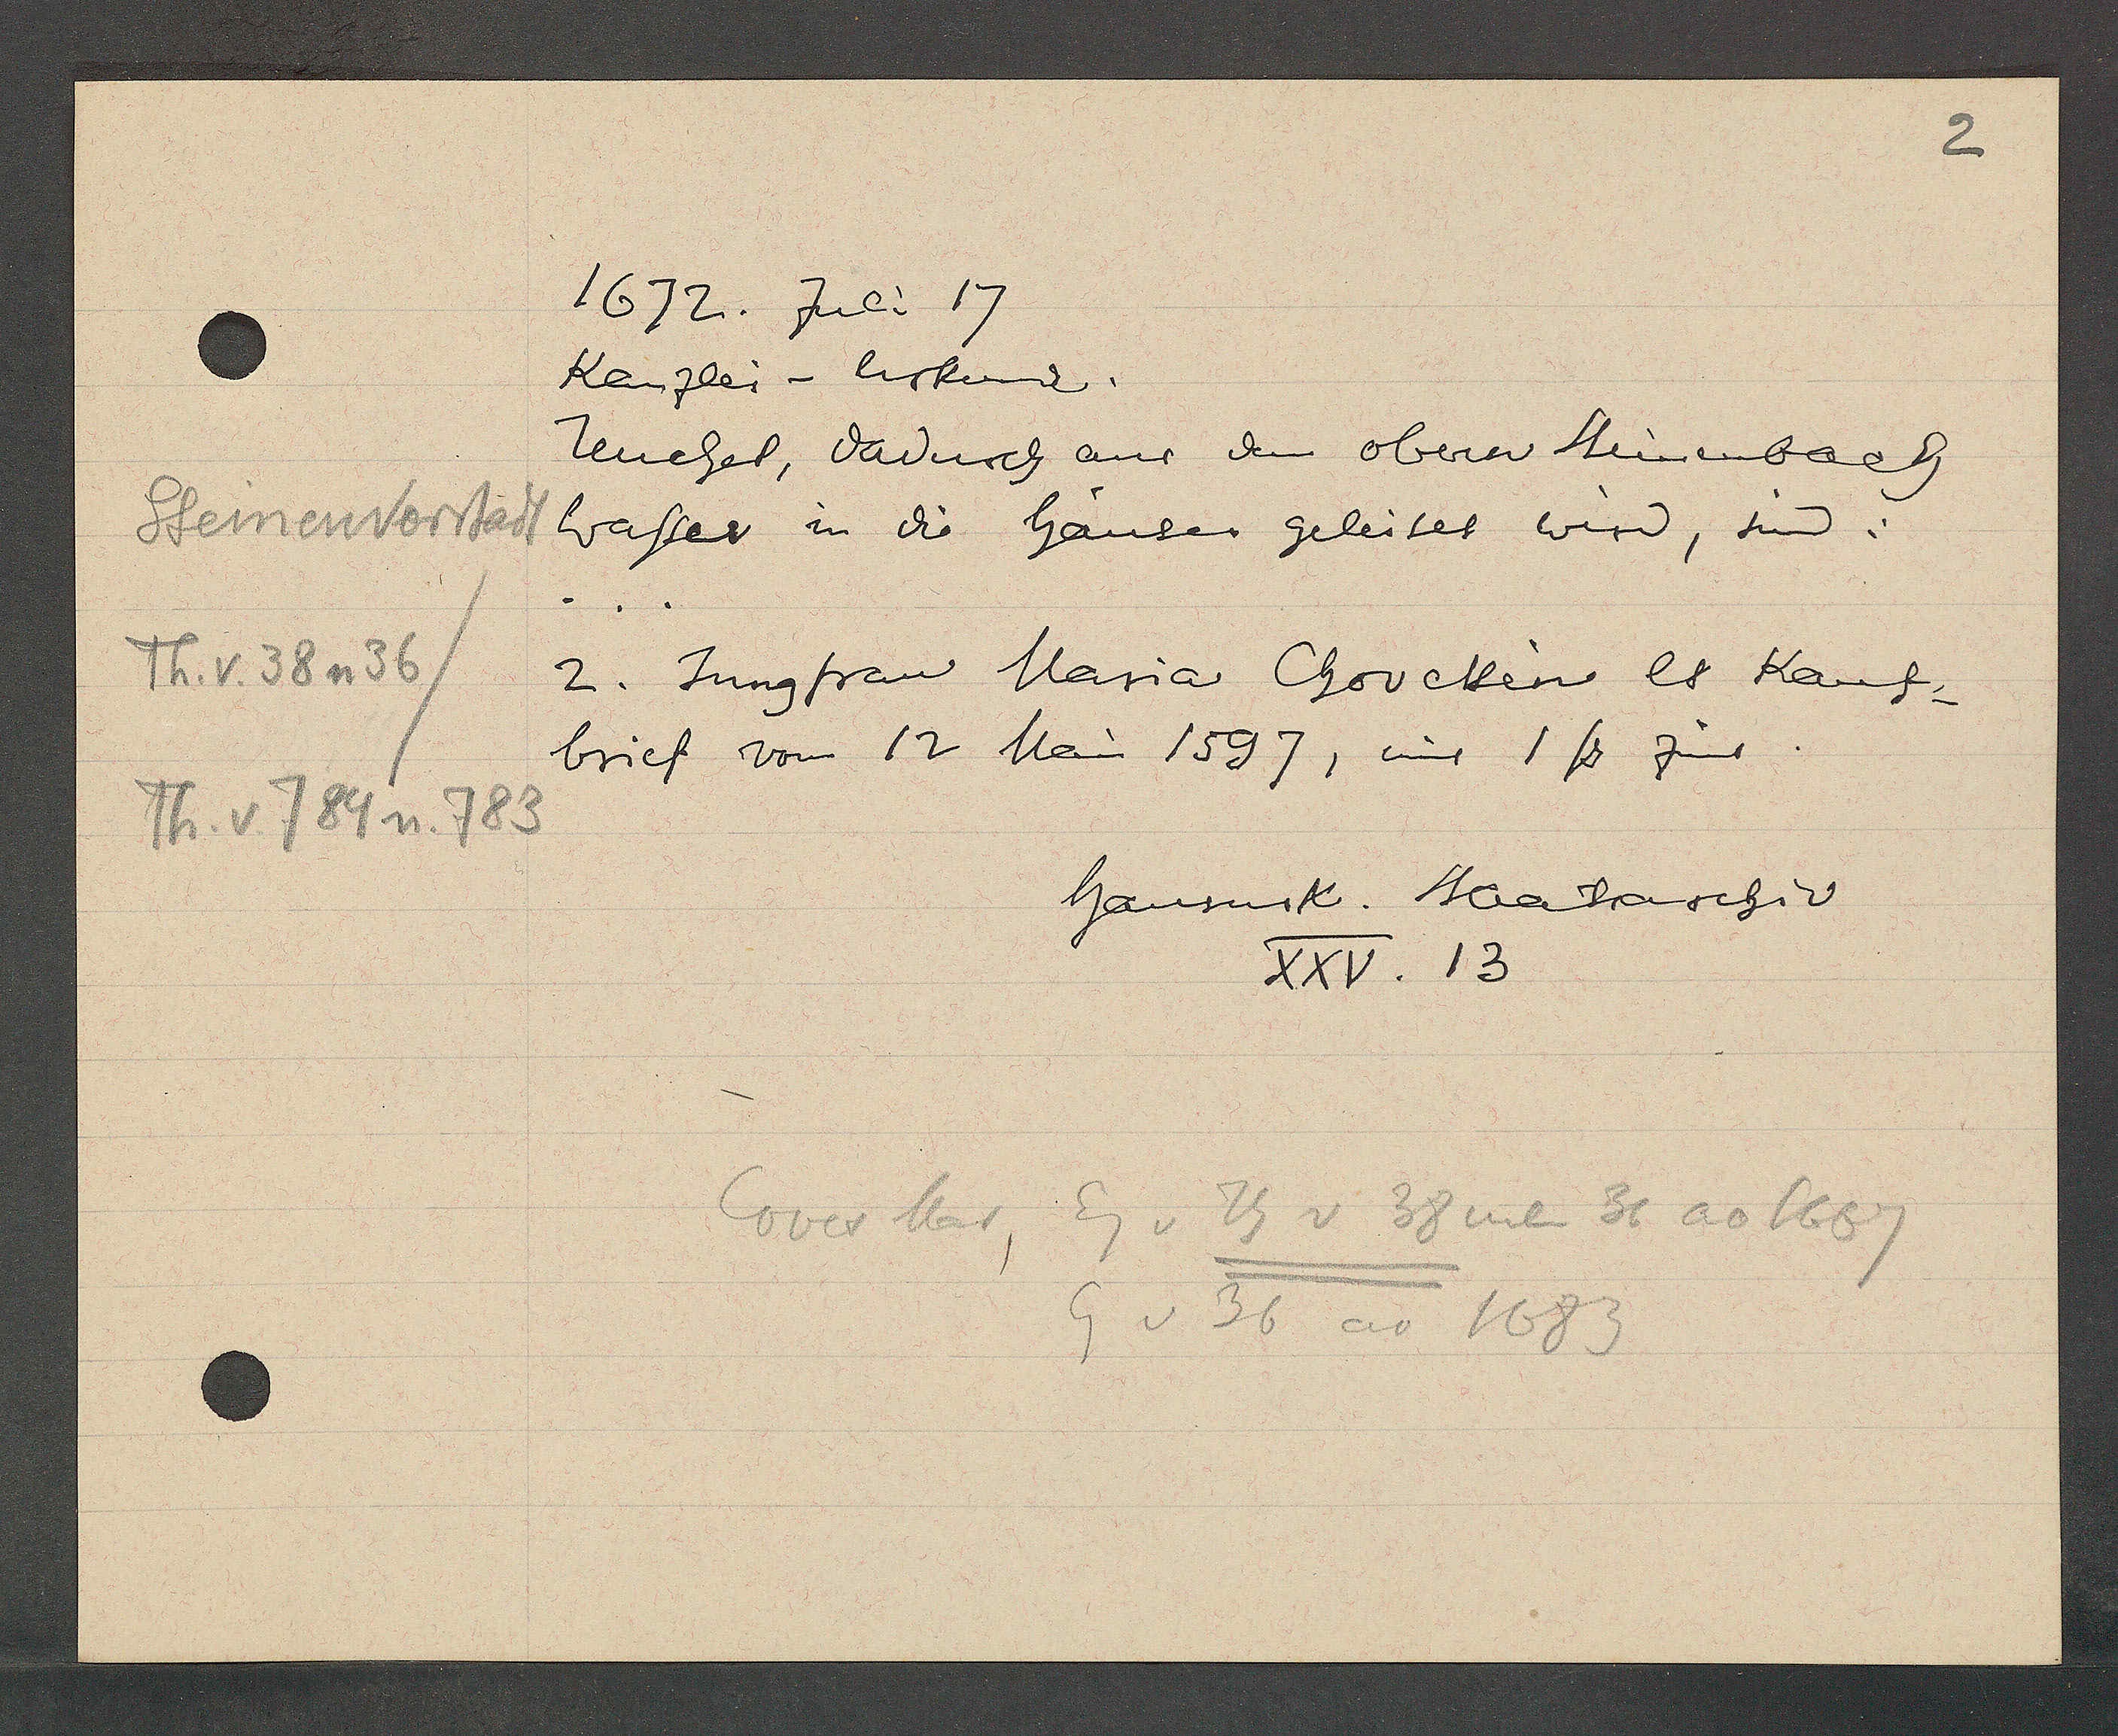
Transcript:
Steinenvorstadt
Th. v. 38 n 36
Th. v 784 n. 783

1672. Juli 17.

Kanzlei - Urkunde.
Tenchel, dadurch aus den obern Steinenbach
wasser in die häuser geleitet wird, sind:
2. Jungfrau Maria Houestein lt Kauf-
brief vom 12 Mai 1597, und 1ß zinns.

hausurk. Staatsarchiv
XXV. 13

Coves Mar Eg v Th v 38 neben 36 ao 1667
Eg v 36 ao 1683